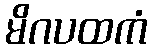
မိဂပထကံ